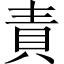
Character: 責